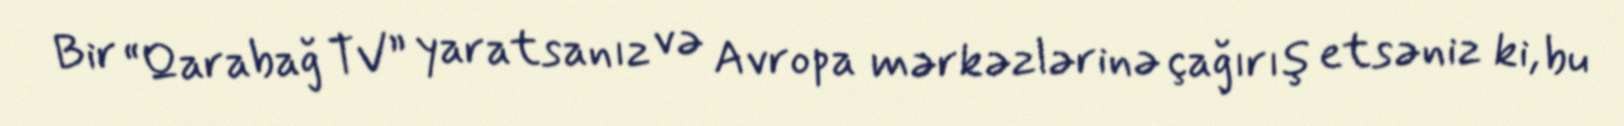
Bir “Qarabağ TV” yaratsanız və Avropa mərkəzlərinə çağırış etsəniz ki, bu